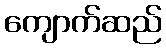
ကျောက်ဆည်